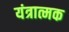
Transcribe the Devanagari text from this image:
यंत्रात्मक